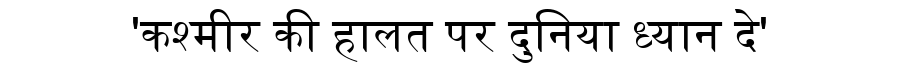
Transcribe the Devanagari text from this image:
'कश्मीर की हालत पर दुनिया ध्यान दे'